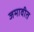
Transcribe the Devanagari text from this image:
जमावीत